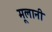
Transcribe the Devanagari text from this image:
मूलानी